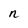
Character: n